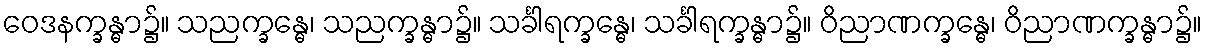
ဝေဒနက္ခန္ဓာ၌။ သညက္ခန္ဓေ၊ သညက္ခန္ဓာ၌။ သင်္ခါရက္ခန္ဓေ၊ သင်္ခါရက္ခန္ဓာ၌။ ဝိညာဏက္ခန္ဓေ၊ ဝိညာဏက္ခန္ဓာ၌။